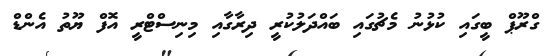
ގްރޫޕް ބީގައި ކުޅުނު މެޗުގައި ބައްދަލުކުރީ ދިރާގާއި މިނިސްޓްރީ އޮފް ޔޫތު އެންޑް